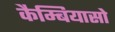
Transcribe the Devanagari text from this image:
कैम्बियासो